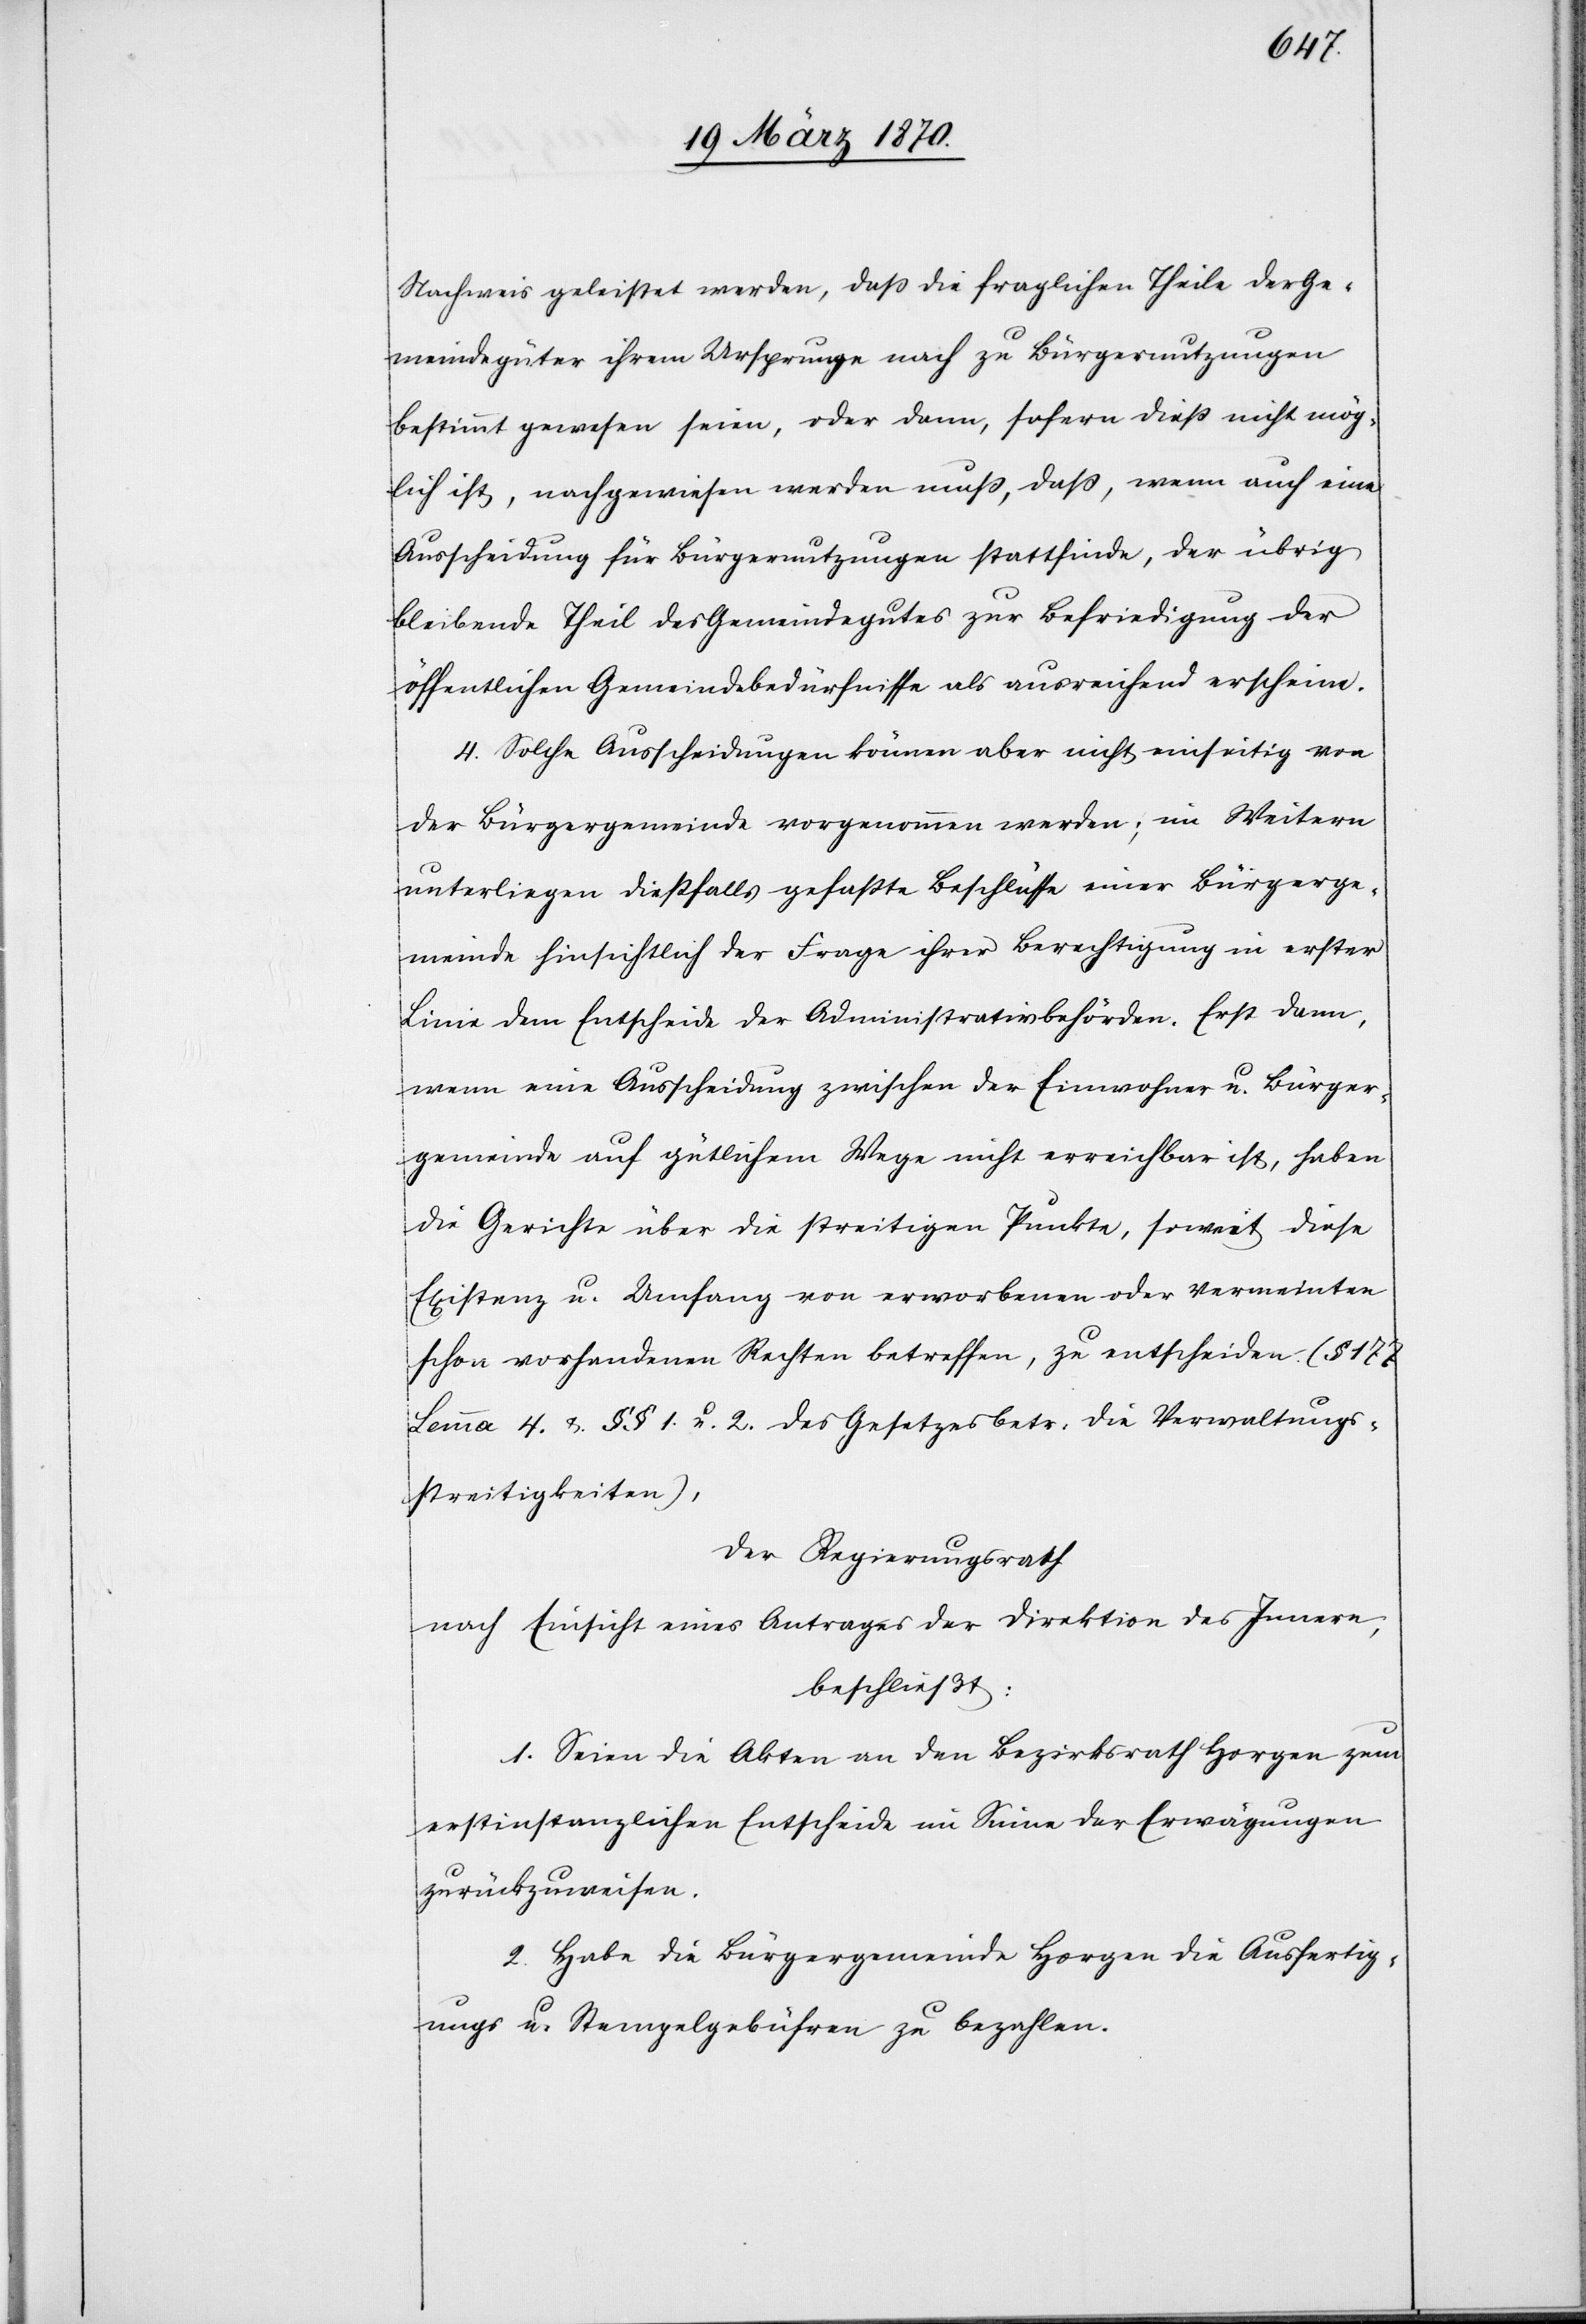
Nachweis geleistet werden, daß die fraglichen Theile der Ge¬
meindegüter ihrem Ursprunge nach zu Bürgernutzungen
bestimmt gewesen seien, oder dann, sofern dieß nicht mög¬
lich ist, nachgewiesen werden muß, daß, wenn auch eine
Ausscheidung für Bürgernutzungen stattfinde, der übrig
bleibende Theil des Gemeindegutes zur Befriedigung der
öffentlichen Gemeindebedürfnisse als ausreichend erscheine.
4. Solche Ausscheidungen können aber nicht einseitig von
der Bürgergemeinde vorgenommen werden; im Weitern
unterliegen dießfalls gefaßte Beschlüsse einer Bürgerge¬
meinde hinsichtlich der Frage ihrer Berechtigung in erster
Linie dem Entscheide der Administrativbehörden. Erst dann,
wenn eine Ausscheidung zwischen der Einwohner[-] u. Bürger¬
gemeinde auf gütlichem Wege nicht erreichbar ist, haben
die Gerichte über die streitigen Punkte, soweit diese
Existenz u. Umfang von erworbenen oder vermeinten
schon vorhandenen Rechten betreffen, zu entscheiden (§ 177
Lemma 4. & §§ 1. u. 2. des Gesetzes betr: die Verwaltungs¬
streitigkeiten),
Der Regierungsrath
nach Einsicht eines Antrages der Direktion des Innern,
beschließt:
1. Seien die Akten an den Bezirksrath Horgen zum
erstinstanzlichen Entscheide im Sinne der Erwägungen
zurückzuweisen.
2. Habe die Bürgergemeinde Horgen die Ausfertig¬
ungs[-] u. Stempelgebühren zu bezahlen.